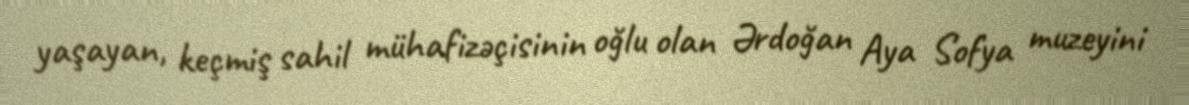
yaşayan, keçmiş sahil mühafizəçisinin oğlu olan Ərdoğan Aya Sofya muzeyini